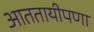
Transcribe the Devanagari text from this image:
आततायीपणा